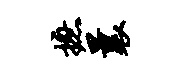
摭曩